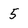
Character: 5